Leaving Certificate Examination, 1912
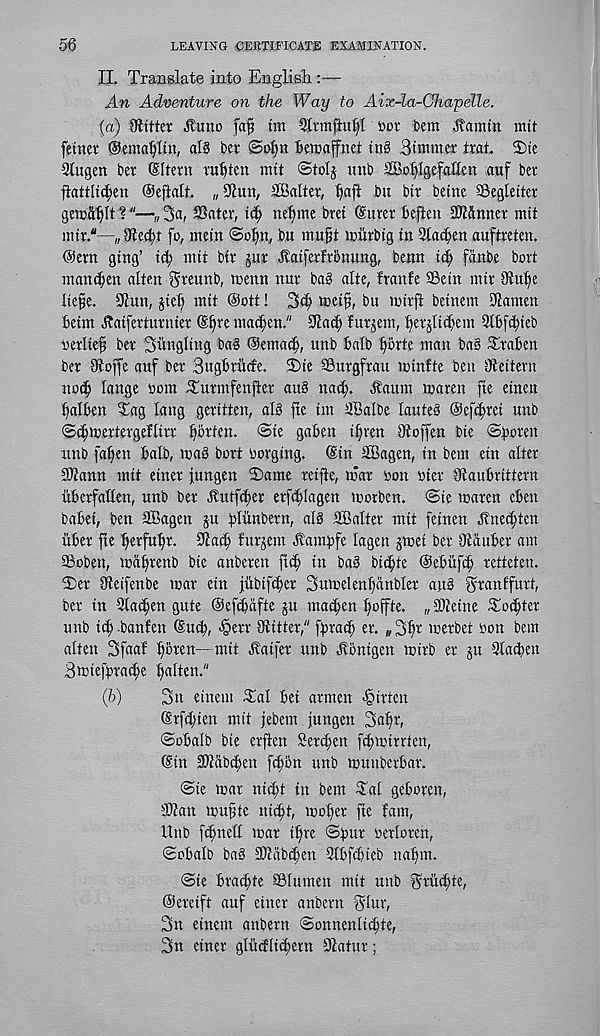
56
LEAVING CERTIFICATE EXAMINATION.
II. Translate into Englisli:—
An Adventure on the Way to Aix-la-Ghapelle.
(a) Skitter Jtuno fafj tin
»ov bent Jl’anun mtt
fetner @ema!)Itn, al§ bev @ot)n bemaffnet tub Btntmer txat 3)tc
Stugen ber ©Item rubten mtt ©tolj mtb HBobfgefnttftt nuf bet
ftattUcben ©eftalt „ 5iun, SBalter, baft bit btr beine SSegleitev
gewablt ?"—„ 3a, ®atev, tcb nebme bret (Surer beften SDtftnner ntit
nttr."—,Bit edit fo, ntetn ©obn, bu mu§t tcitrbig in Stamen auftreten.
(Sent gtng’ id; nttt btr jur Hatferfrotumg, benn tib fdnbe bort
ntan^en alien greunb, tcenn nur bag alte, frattfe SSetn nttr Otu^e
Itefe. 9tun, jteb mit @ott! 3<b t»etf?, bit miffl betnem SJtamen
betm Jtaiferturuier (£t)n mad;en." 3tad; furjem, berjltcbem 3tbfd;ieb
berlteb ber Swingling bag (Semacb, unb balb bbrte man bag Traben
ber Dtoffe auf ber Bugbrucfe. 3)ie SBurgfrau minfte ben Oteitern
noth lange nmn Turmfenjter aug nacb- .flaunt maren fie etnen
balben Tag lang geritten, alg fte tm SBalbe lauteg @efd;ret unb
©dncertergeflitr batten. @tc gaben tbren Otoffen bte ©boten
unb fabett balb, mag bort oorging. @tn SSkgen, in bent ein alter
SOtann init einer fungen 2)ame reifte, mar bon bier 3taubrittern
iiberfaden, unb ber ^utffber erftblagen motben. ©ie maren eben
babet, ben SBagen ju blunbern, alg 3Balter mtt fetnen dlned;ten
itber fte betfubr- ^acti furjent TCambfe lagen jmei ber Otduber am
SBoben, mdbrenb bte anberen ft(b in bag bid^te ©ebttftb retteten.
Ter Oteifenbe mar ein jitbifeber 3umelenbdnblet aug Branffurt,
ber in Qlatben gute ©ef^afte ju macben b^ffie* „ 2>teine Tocbter
uttb idj -banfen (Sud;, §err Otitter," ffrad; er. ,, 3bt merbet bon bem
atten 3faaf bbren—mit Hatfer unb Jvbnigcn mirb er §tt 3ta(ben
Bmiefpracbe b«ii«t-"
(b)
3n einem Tal bet armen ^irten
(Srfd)ien mit jebem jungett 3nH
©obalb bie erfien Sercfen fd;mirrten,
Sin SOtabfben ftbbn unb munberbar.
©ie mar niibt in bem Tal geboren,
©tan mufde niebt, mober fte fam,
Unb fdnteil mar tbre ©bur berloren,
©obalb bag ©titbiben 2lbfcbieb nabm.
©ie brad;te ©lumen mit unb Bt'ud;te,
©ereift auf etner anbern Bto,
3n einent anbern ©onnenlitbte,
3n etner glucfiicbern 9tatur;